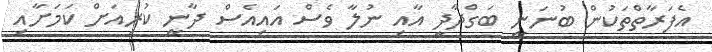
އެފަރާތްތަކުން ބުނަނީ ބަގްދާދީ އާއި ނުލާ ވެސް އައިއެސް ދާނީ ކުރިއަށް ކަމަށާއި